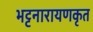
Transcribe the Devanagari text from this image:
भट्टनारायणकृत